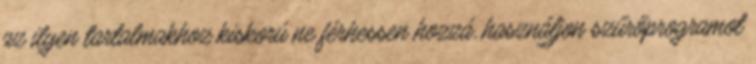
az ilyen tartalmakhoz kiskorú ne férhessen hozzá, használjon szűrőprogramot